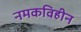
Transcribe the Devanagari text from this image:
नमकविहीन